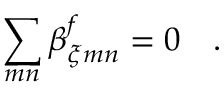
\sum _ { m n } \beta _ { \xi m n } ^ { f } = 0 ~ ~ ~ .